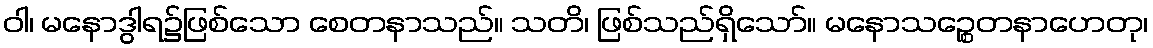
ဝါ၊ မနောဒွါရ၌ဖြစ်သော စေတနာသည်။ သတိ၊ ဖြစ်သည်ရှိသော်။ မနောသဉ္စေတနာဟေတု၊